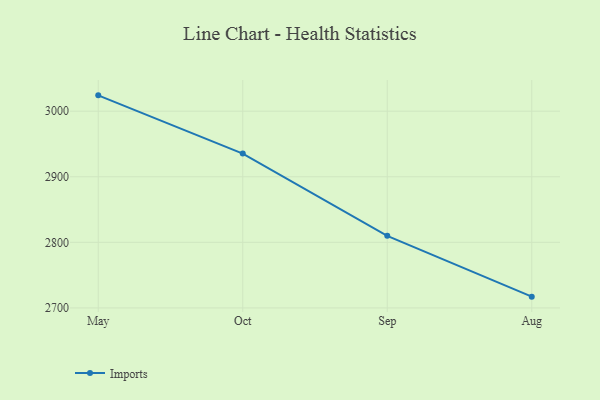
{"axis": {"x": "Month", "y": "Headcount"}, "legend": ["Imports"], "data": [{"x": "May", "y": 3024.1, "type": "Imports"}, {"x": "Oct", "y": 2935.4, "type": "Imports"}, {"x": "Sep", "y": 2809.9, "type": "Imports"}, {"x": "Aug", "y": 2717.2, "type": "Imports"}]}